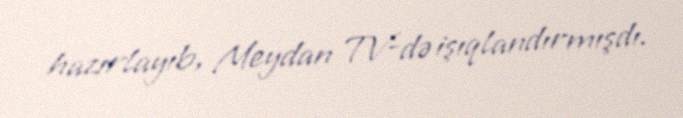
hazırlayıb, Meydan TV-də işıqlandırmışdı.